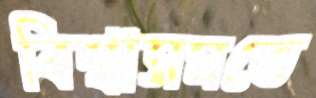
বিশ্বাসমতে